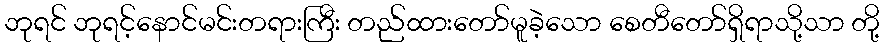
ဘုရင် ဘုရင့်နောင်မင်းတရားကြီး တည်ထားတော်မူခဲ့သော စေတီတော်ရှိရာသို့သာ တို့